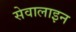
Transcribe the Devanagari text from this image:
सेवालाइन